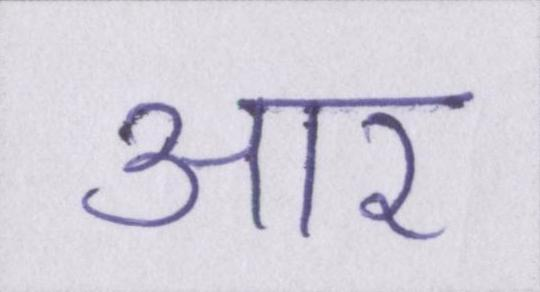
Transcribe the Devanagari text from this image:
आर